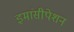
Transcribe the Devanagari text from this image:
इमांसीपेशन